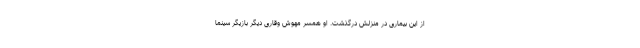
از این بیماری در منزلش درگذشت. او همسر مهوش وقاری دیگر بازیگر سینما